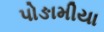
પોઙામીયા